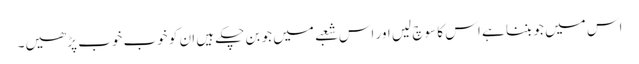
اس میں جو بننا ہے اس کا سوچ لیں اور اس شعبے میں جو بن چکے ہیں ان کو خوب خوب پڑھیں۔